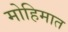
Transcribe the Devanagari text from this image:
मोहिमात